Source: Handwritten
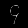
Digit: ၄ (4)